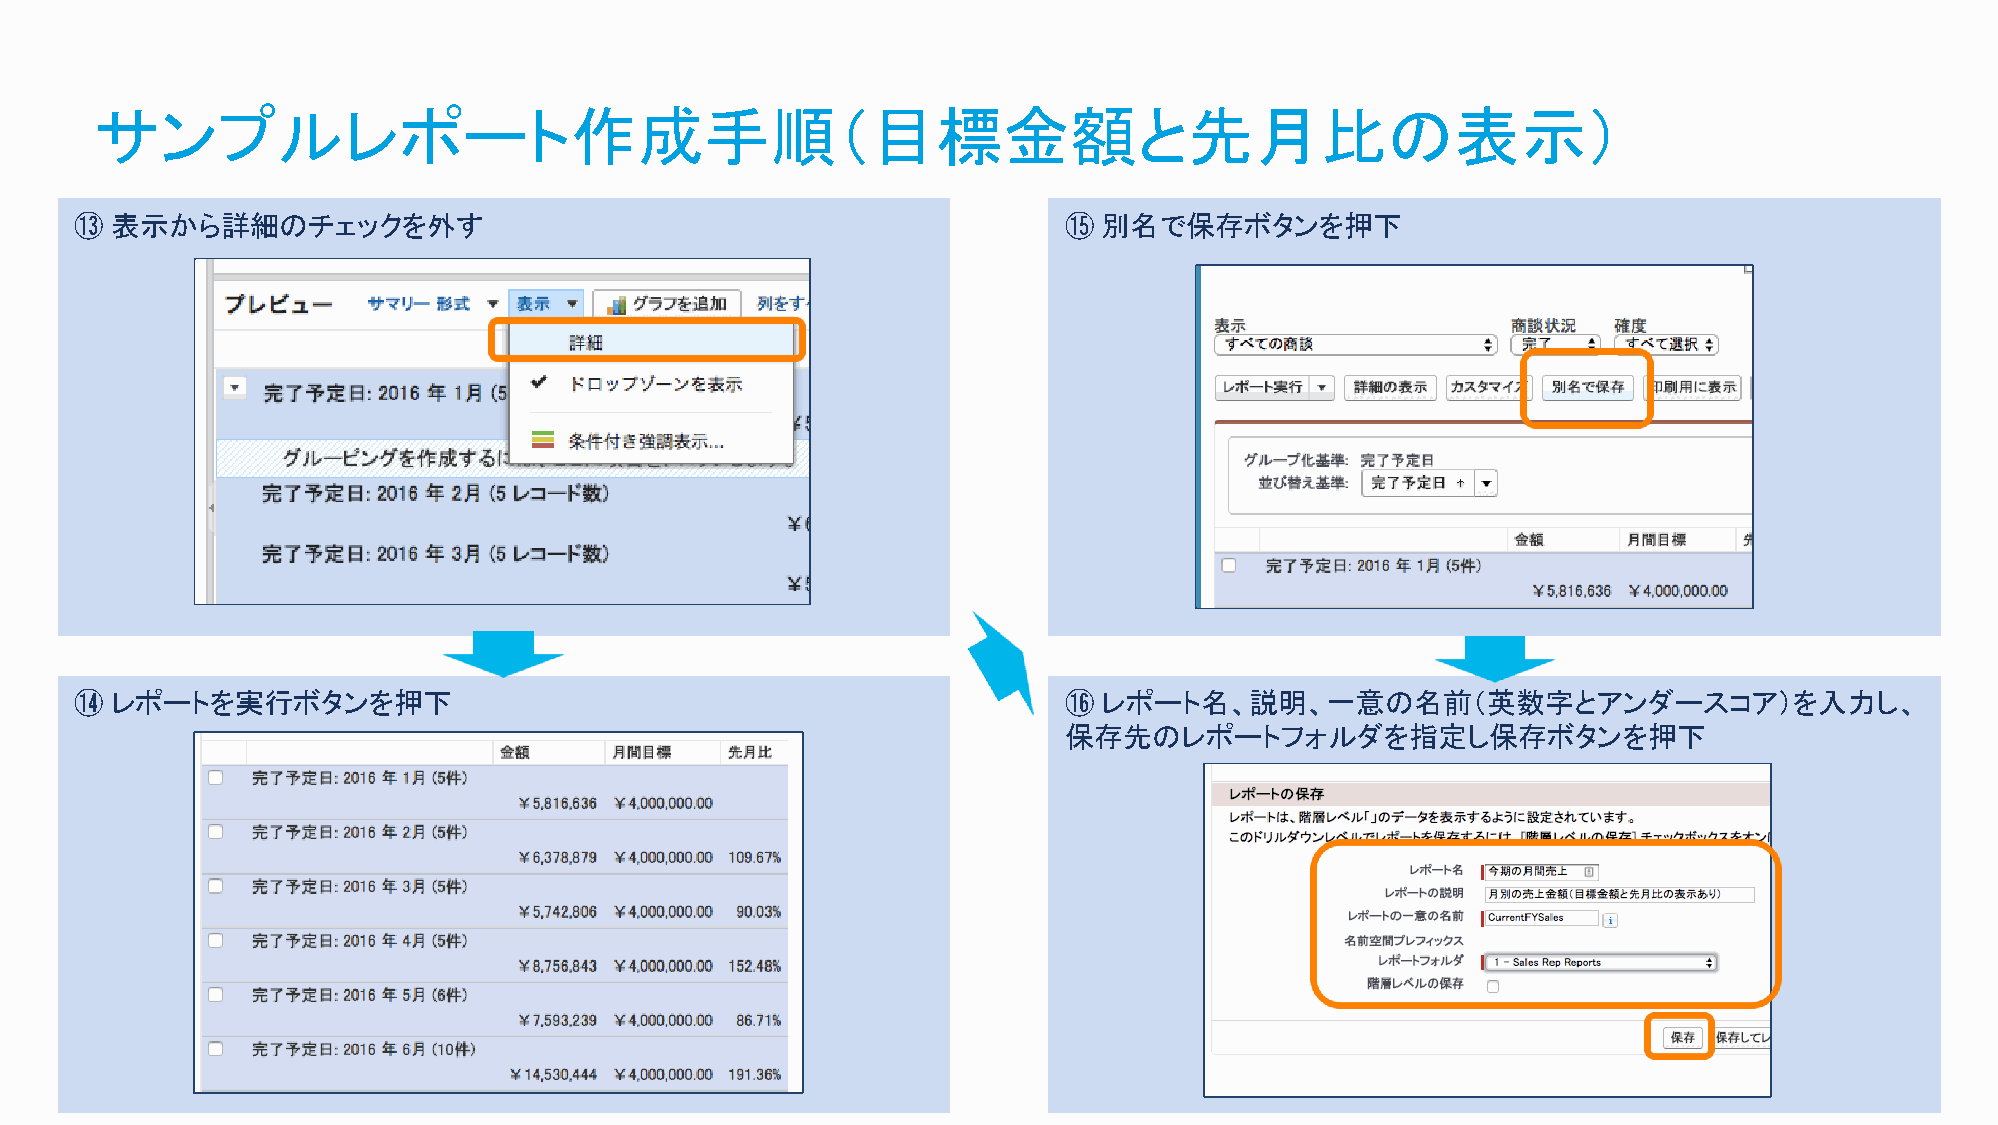
サンプルレポート作成手順（目標金額と先月比の表示）
 ⑬ 表示から詳細のチェックを外す                                                 ⑮  別名で保存ボタンを押下
 ⑭ レポートを実行ボタンを押下                                                  ⑯  レポート名、説明、一意の名前（英数字とアンダースコア）を入力し、
 保存先のレポートフォルダを指定し保存ボタンを押下